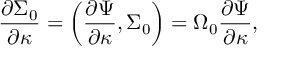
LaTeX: { \frac { \partial \Sigma _ { 0 } } { \partial \kappa } } = \left( { \frac { \partial \Psi } { \partial \kappa } } , \Sigma _ { 0 } \right) = \Omega _ { 0 } { \frac { \partial \Psi } { \partial \kappa } } ,